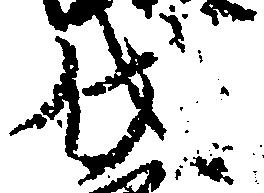
伐